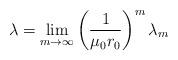
LaTeX: \begin{align*}\lambda = \lim_{m \to \infty} \left(\frac{1}{\mu_{0}r_{0}}\right)^{m}\lambda_{m}\end{align*}